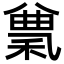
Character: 𥠠